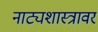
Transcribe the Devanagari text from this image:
नाट्यशास्त्रावर